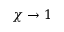
\chi \to 1